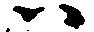
ハ